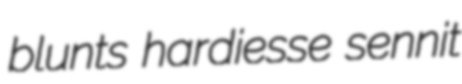
blunts hardiesse sennit